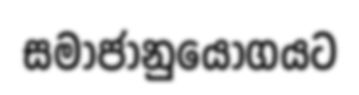
සමාජානුයෝගයට